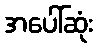
အပေါ်ဆုံး